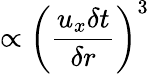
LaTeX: \propto{\left(\frac{u_{x}\delta t}{\delta r}\right)}^{3}